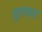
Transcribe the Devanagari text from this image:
लुलाच्या